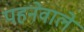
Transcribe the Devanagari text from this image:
पहनेवाले